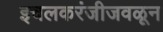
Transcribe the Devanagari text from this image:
इचलकरंजीजवळून